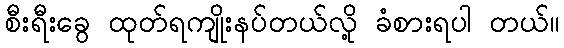
စီးရီးခွေ ထုတ်ရကျိုးနပ်တယ်လို့ ခံစားရပါ တယ်။